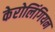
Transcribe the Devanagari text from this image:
केरोलिंगियन